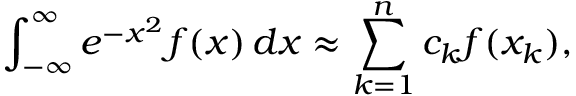
\int _ { - \infty } ^ { \infty } e ^ { - x ^ { 2 } } f ( x ) \, d x \approx \sum _ { k = 1 } ^ { n } c _ { k } f ( x _ { k } ) ,